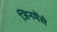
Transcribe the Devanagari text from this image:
जिनमेंसे